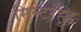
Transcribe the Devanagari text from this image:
सिस्टरहूड